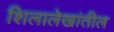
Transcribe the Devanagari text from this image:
शिलालेखांतील